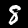
Digit: 8